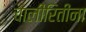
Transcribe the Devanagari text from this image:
चालीरितींना